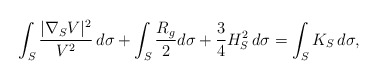
\begin{align*}\int_S\dfrac{|\nabla_SV|^2}{V^2}\,d\sigma+\int_S\dfrac{R_g}{2}d\sigma+\dfrac{3}{4}H_S^2\,d\sigma=\int_S K_S\,d\sigma,\end{align*}